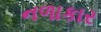
નળાકાર